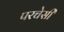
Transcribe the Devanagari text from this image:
परचेसी